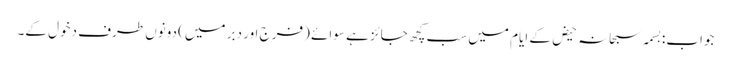
جواب:بسمہ سبحانہ حیض کے ایام میں سب کچھ جائز ہے سوائے (فرج اور دبر میں) دونوں طرف دخول کے۔